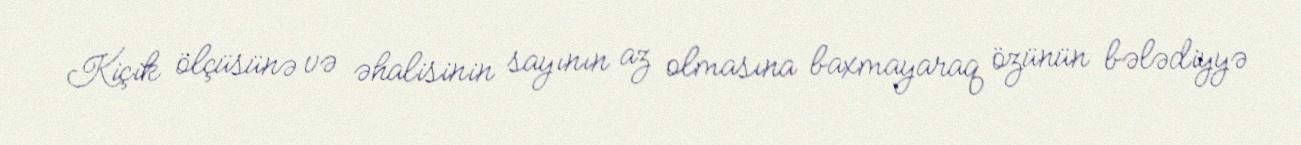
Kiçik ölçüsünə və əhalisinin sayının az olmasına baxmayaraq özünün bələdiyyə